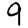
Digit: 9